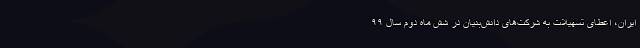
ایران، اعطای تسهیلات به شرکت‌های دانش‌بنیان‌ در شش ماه دوم سال ۹۹